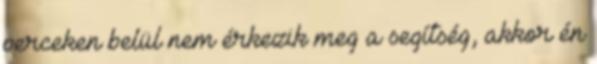
perceken belül nem érkezik meg a segítség, akkor én